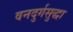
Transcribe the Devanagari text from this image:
वनदुर्गसुद्धा